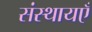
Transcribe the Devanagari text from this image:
संस्थायएँ